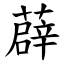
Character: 薜